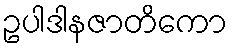
ဥပါဒါနဇာတိကော